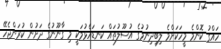
ހައްގު ކޮންމެ މީހަކަށްމެ ލިބިދިނުމުގެ އުސޫލުތައް ކަނޑައެޅުމަކީ މި ގާނޫނުގެ ދަށުން ކުރަންޖެހޭ